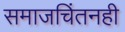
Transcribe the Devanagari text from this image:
समाजचिंतनही